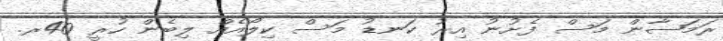
ރަމަޟާން މަސް ފެށުނު އިރު ކަނޑު މަސް ކިލޯއެއް ލިބެން ހުރީ 40ރ.